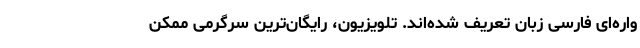
واره‌ای فارسی زبان تعریف شده‌اند. تلویزیون، رایگان‌ترین سرگرمی ممکن